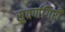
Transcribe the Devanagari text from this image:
सुवर्णगिरी